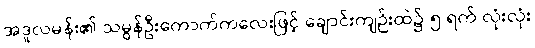
အဒူလမန်း၏ သမွန်ဦးကောက်ကလေးဖြင့် ချောင်းကျဉ်းထဲ၌ ၅ ရက် လုံးလုံး